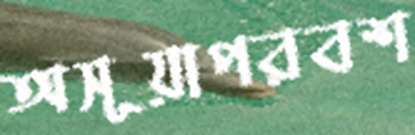
অসূয়াপরবশ